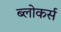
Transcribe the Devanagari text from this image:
ब्लोकर्स